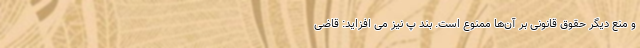
و منع دیگر حقوق قانونی بر آن‌ها ممنوع است. بند پ نیز می افزاید: قاضی